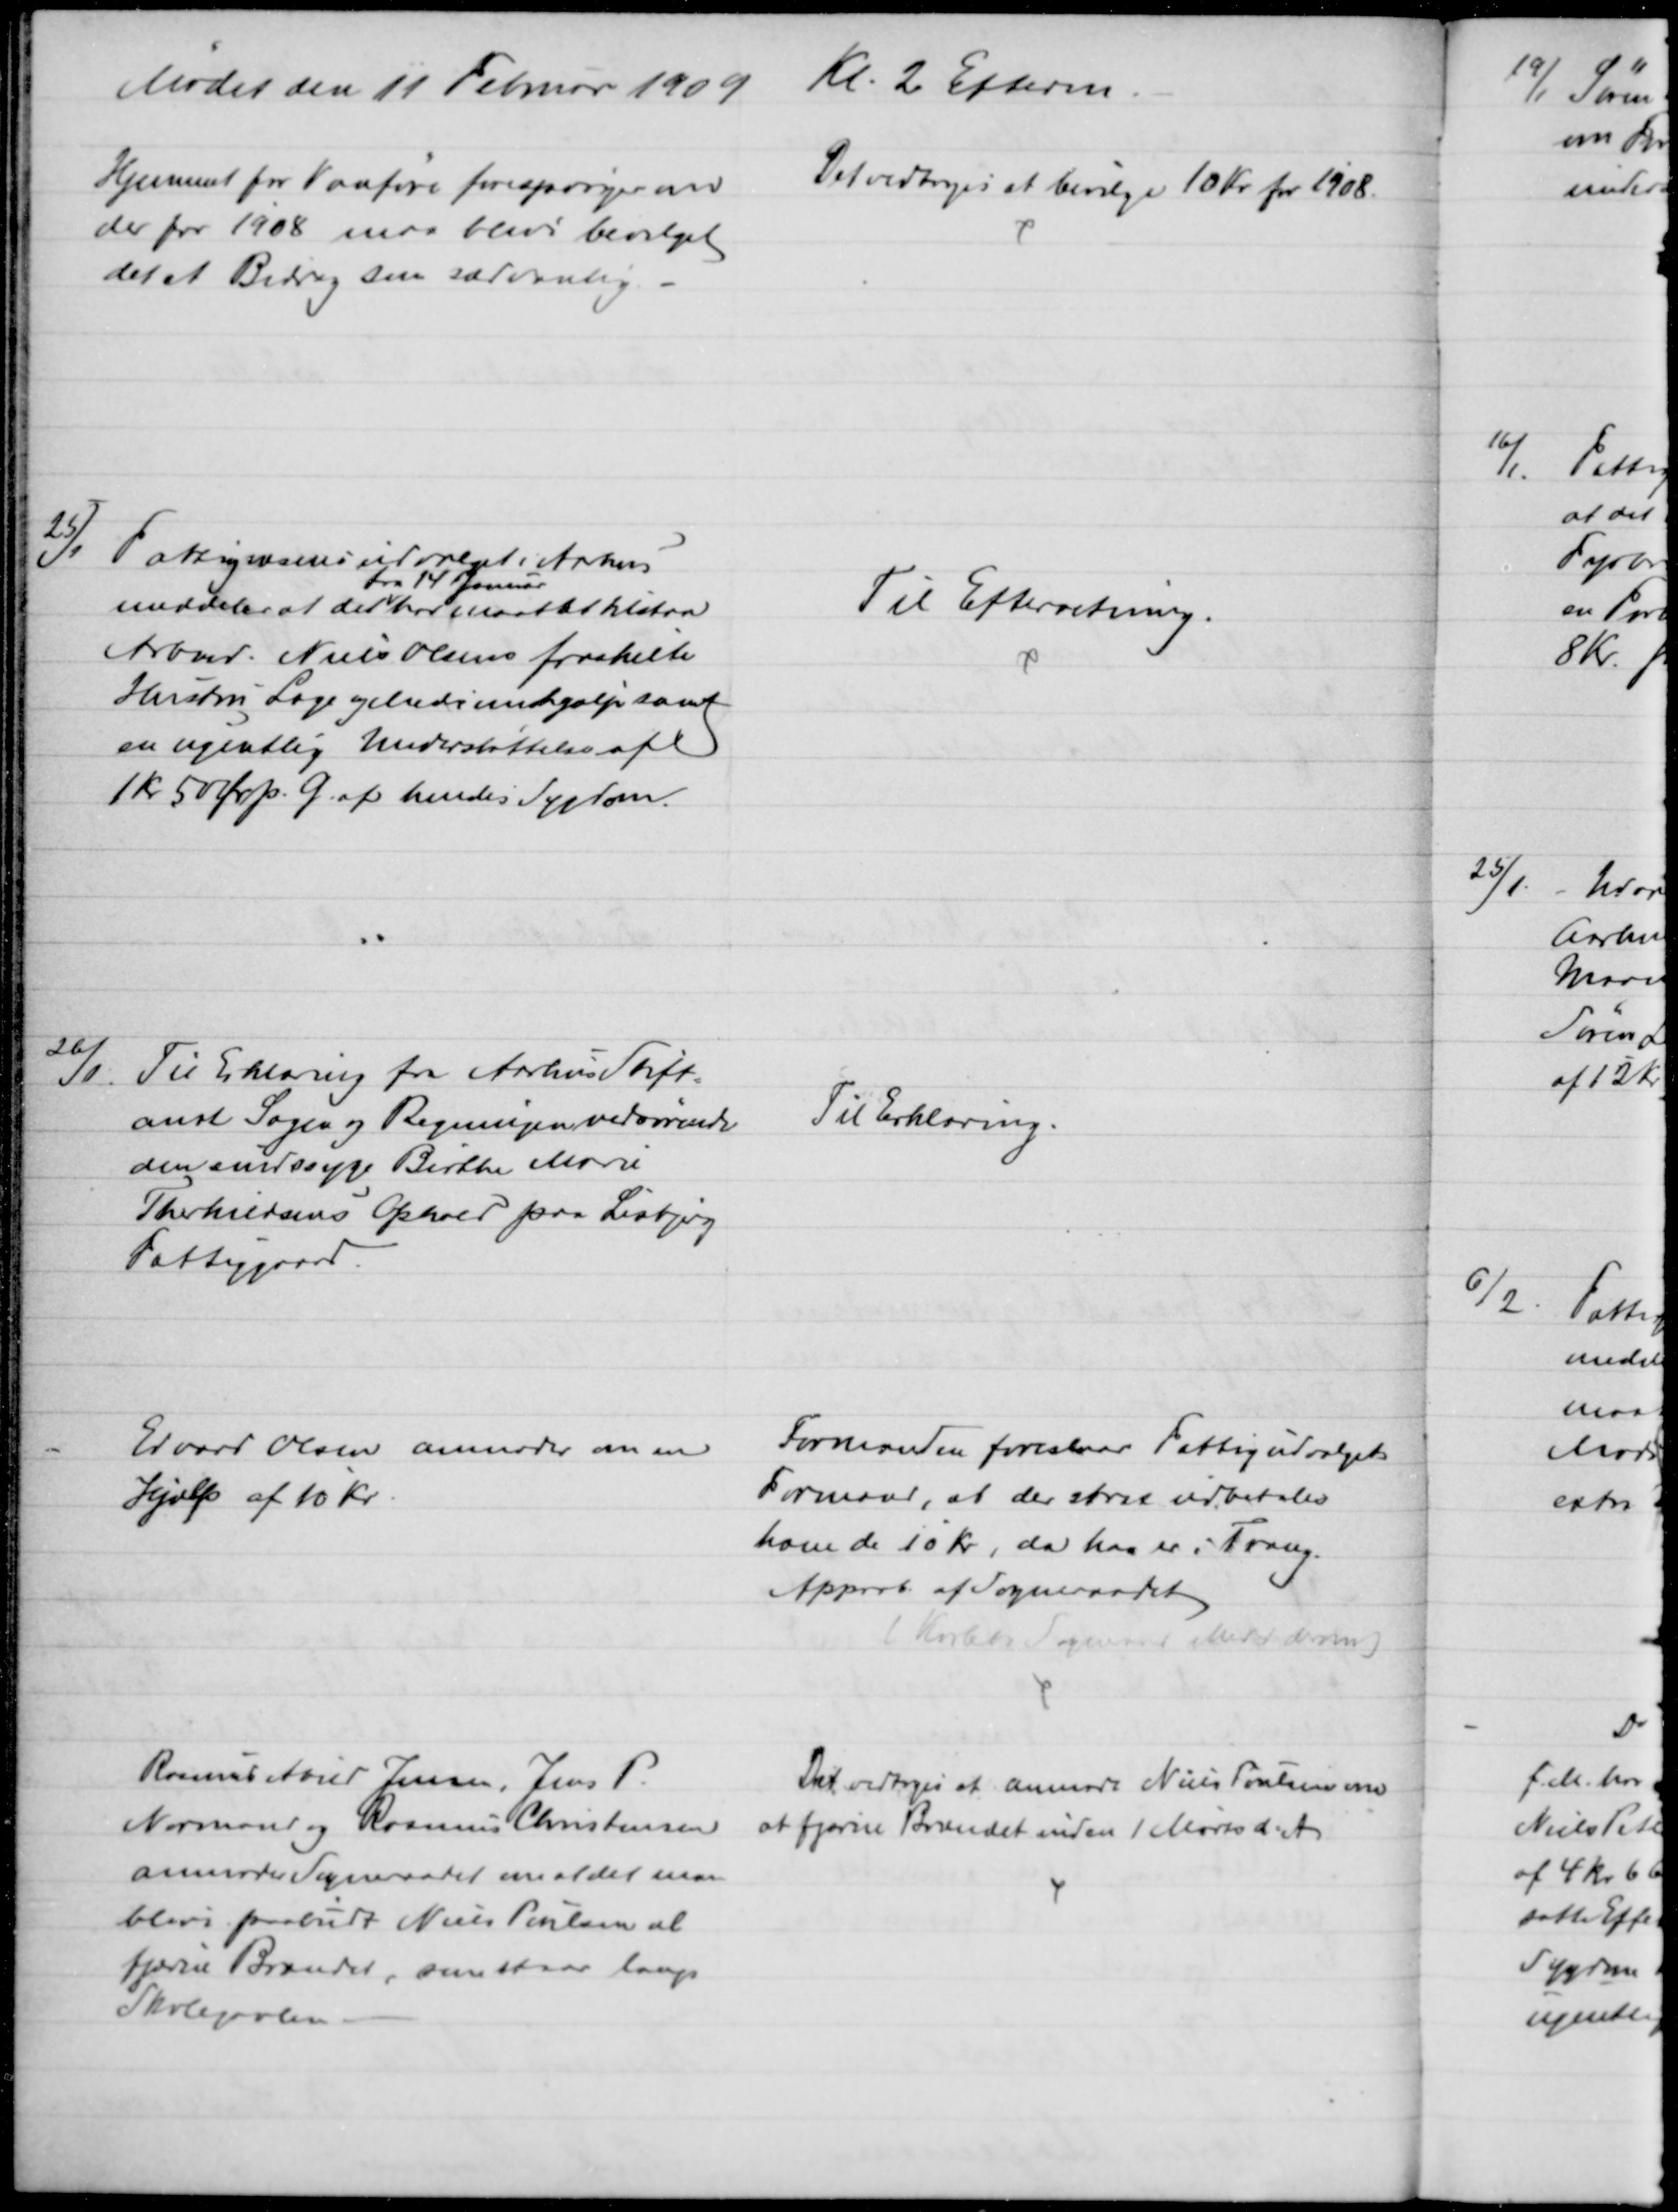
Transskription:
Mødet den 11 Februar 1909 Kl. 2 Efterm.
Hjemmet for Vanføre forespørger om
der for 1908 maa blive bevilget
det et Bidrag sin sædvanlig.
Det vedtoges at bevilge 10 Kr for 1908.
25/1
Fattigvæsensudvalget i Aarhus
meddeler at det 
fra 14 Januar
har maattet tilstaa
Arbmd. Niels Olsens fraskilte
Hustru Læge og Medicinhjælp samt
en ugentlig Understøttelse af
1 kr 50 Øre p. G. af hendes Sygdom.
Til Efterretning.
26/1.
Til Erklæring fra Aarhus Stift=
amt Sagen og Regningen vedrørende
den sindssyge Birthe Marie
Therkildsens Ophold paa Lisbjerg
Fattiggaard.
Til Erklæring.
Edvard Olsen anmoder om en
Hjælp af 10 Kr
Formanden foreslaar Fattigudvalgets
Formand, at der strax udbetales
ham de 10 Kr, da han er i Trang.
Approb. af Sogneraadet
(Karlebo Sogneraad Medd derom)
Rasmus Abild Jensen, Jens P.
Normand og Rasmus Christensen
anmoder Sogneraadet om at det maa
blive paabudt Niels Poulsen at
fjærne Brændet, som staar langs
Skolegavlen
Det vedtoges at anmode Niels Poulsen om
at fjærne Brændet inden 1 Marts d. A.